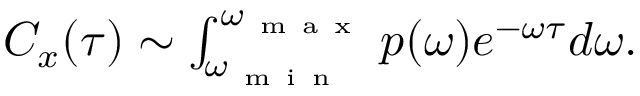
\begin{array} { r } { C _ { x } ( \tau ) \sim \int _ { \omega _ { \mathrm { ~ m ~ i ~ n ~ } } } ^ { \omega _ { \mathrm { ~ m ~ a ~ x ~ } } } p ( \omega ) e ^ { - \omega \tau } d \omega . } \end{array}